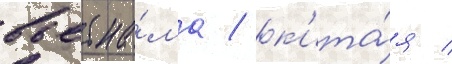
вьетна́ма / к'ита́я /